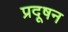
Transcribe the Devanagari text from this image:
प्रदूषन